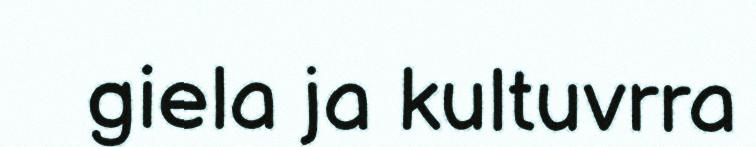
giela ja kultuvrra